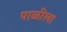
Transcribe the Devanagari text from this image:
पाळीला